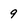
Character: 9